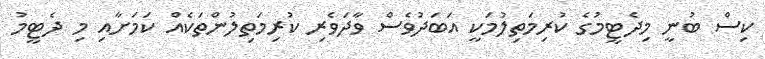
ކިސް ބުނީ މިދެޓީމުގެ ކުރިމަތިލުމަކީ އަބަދުވެސް ވާދަވެރި ކުރިމަތިލުންތަކެއް ކަމަށާއި މި ދެޓީމު